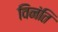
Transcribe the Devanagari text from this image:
विनंति